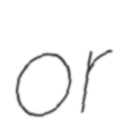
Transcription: or